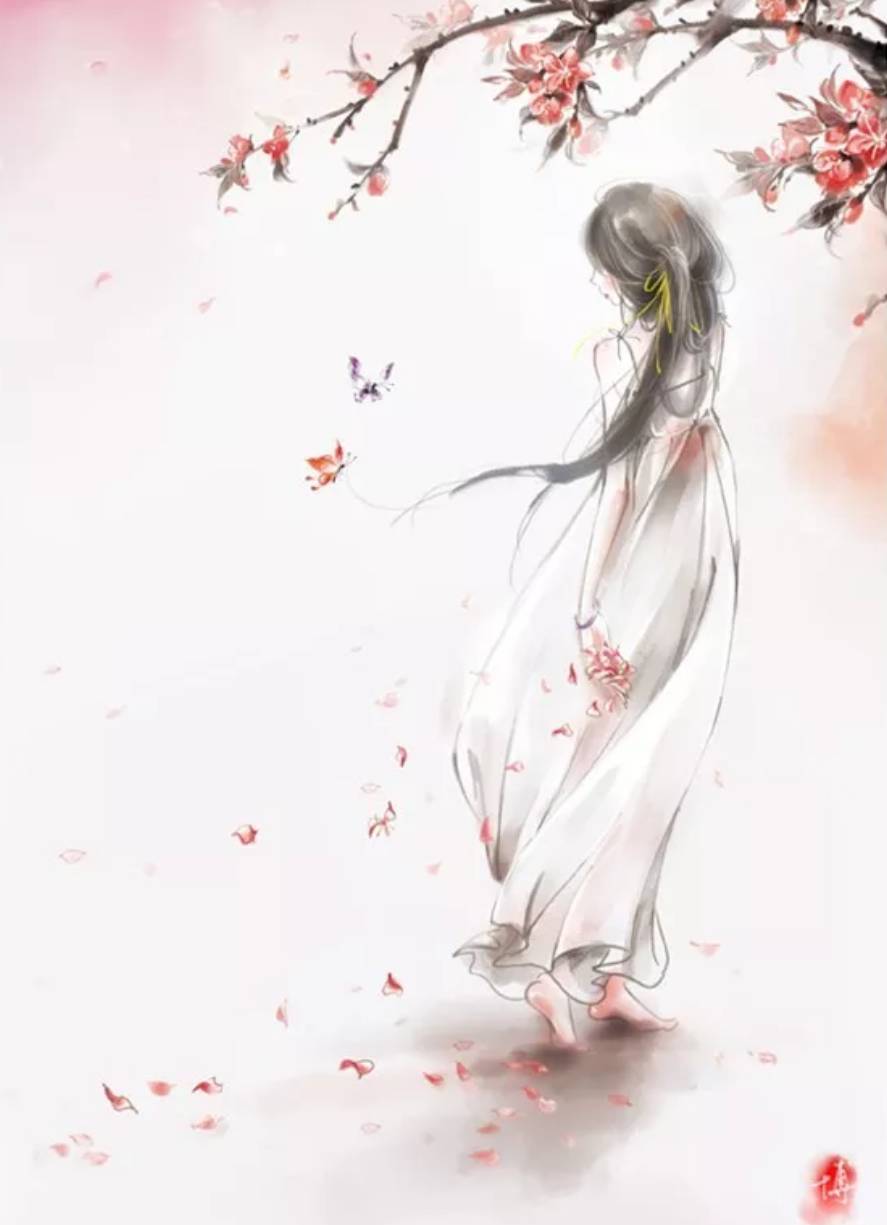
重冈已隔红尘断，村落更年丰。